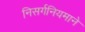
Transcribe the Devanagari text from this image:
निसर्गनियमाने